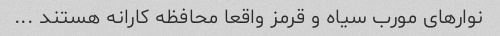
نوارهای مورب سیاه و قرمز واقعا محافظه کارانه هستند ...